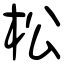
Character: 松